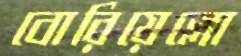
বোরিয়েল্লো